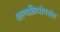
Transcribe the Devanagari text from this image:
शल्यक्रियोपरांत